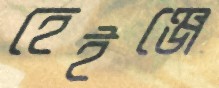
হেইঞ্জে